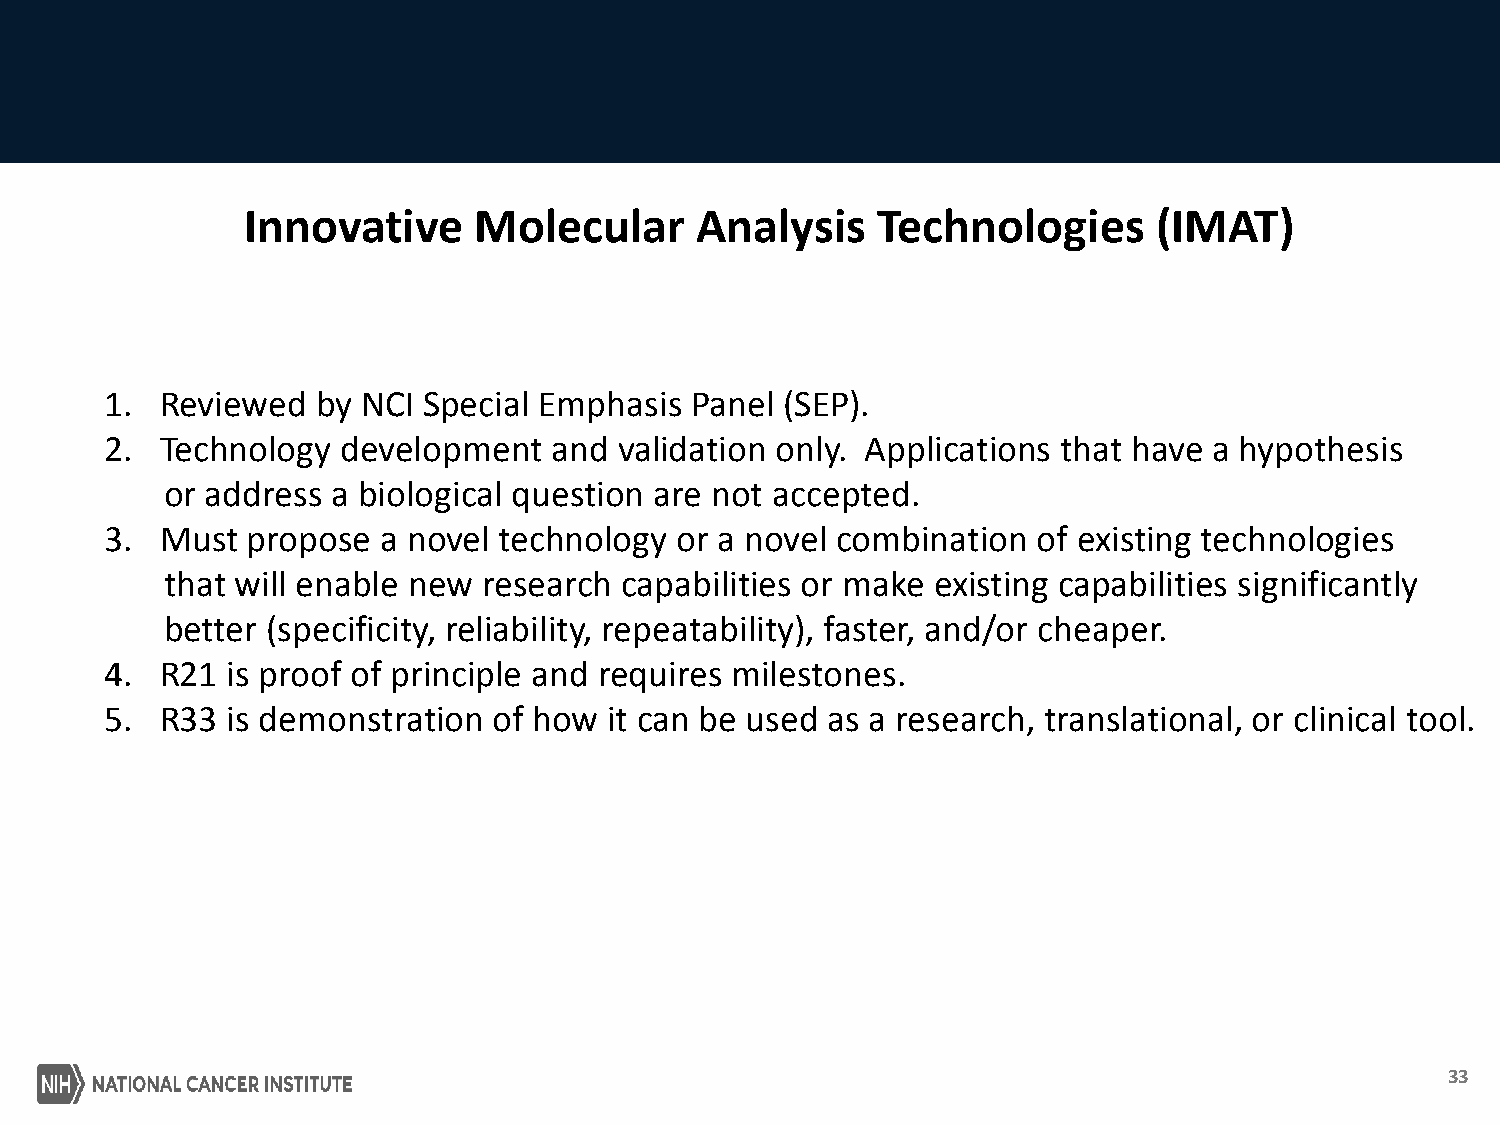
Innovative     Molecular      Analysis    Technologies       (IMAT)
 1.  Reviewed  by NCI Special Emphasis  Panel (SEP).
 2.  Technology  development   and validation only. Applications that have a hypothesis
 or address a biological question are not accepted.
 3.  Must propose  a novel technology  or a novel combination  of existing technologies
 that will enable new research capabilities or make existing capabilities significantly
 better (specificity, reliability, repeatability), faster, and/or cheaper.
 4.  R21 is proof of principle and requires milestones.
 5.  R33 is demonstration  of how it can be used as a research, translational, or clinical tool.
 33